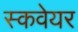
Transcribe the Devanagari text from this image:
स्कवेयर